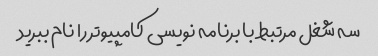
سه شغل مرتبط با برنامه نویسی کامپیوتر را نام ببرید